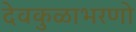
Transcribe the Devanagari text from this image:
देवकुळाभरणो